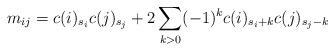
LaTeX: \begin{align*}m_{ij} = c(i)_{s_i} c(j)_{s_j} + 2 \sum_{k > 0} (-1)^k c(i)_{s_i + k} c(j)_{s_j - k} \end{align*}